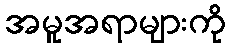
အမူအရာများကို